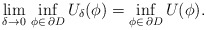
\begin{align*}\lim_{\delta \to 0}\,\inf_{\phi \in\,\partial D}U_\delta(\phi)= \inf_{\phi \in\,\partial D}U(\phi).\end{align*}